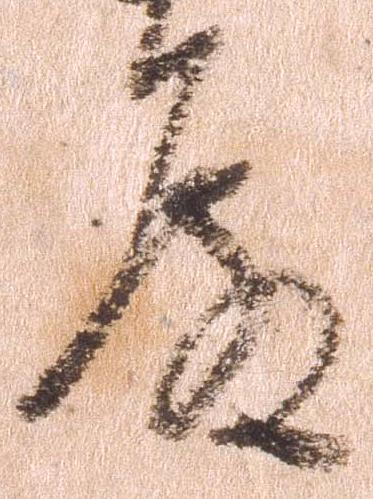
殿